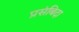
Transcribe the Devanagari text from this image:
प्रसंबिदा